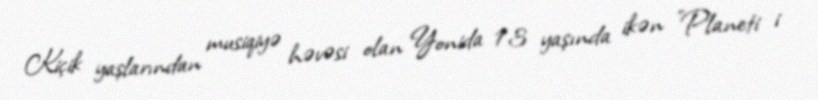
Kiçik yaşlarından musiqiyə həvəsi olan Yonida 13 yaşında ikən "Planeti i